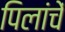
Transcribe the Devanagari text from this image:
पिलांचें